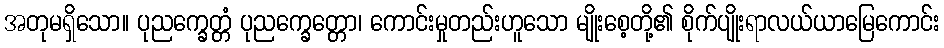
အတုမရှိသော။ ပုညက္ခေတ္တံ ပုညက္ခေတ္တော၊ ကောင်းမှုတည်းဟူသော မျိုးစေ့တို့၏ စိုက်ပျိုးရာလယ်ယာမြေကောင်း